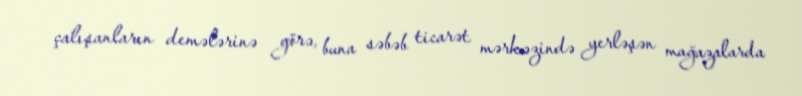
çalışanların demələrinə görə, buna səbəb ticarət mərkəzində yerləşən mağazalarda